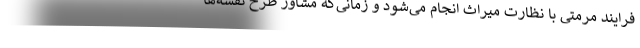
فرایند مرمتی با نظارت میراث انجام می‌شود و زمانی‌که مشاور طرح نقشه‌ها